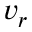
v _ { r }